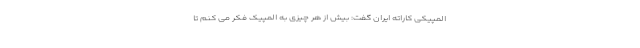
المپیکی کاراته ایران گفت: بیش از هر چیزی به المپیک فکر می کنم تا